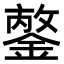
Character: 𨪣